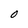
Character: O